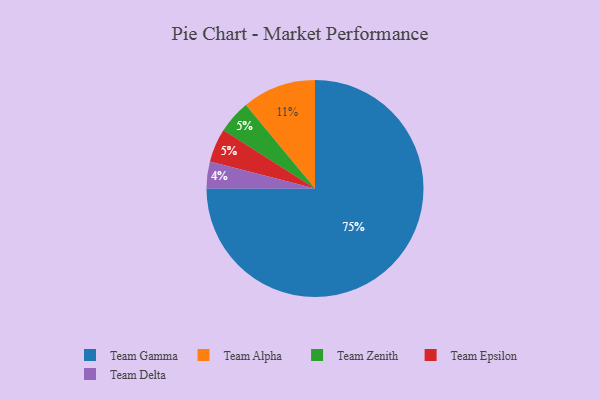
{"axis": {"x": "Category", "y": "Percentage"}, "legend": ["Team Alpha", "Team Delta", "Team Epsilon", "Team Gamma", "Team Zenith"], "data": [{"x": "Team Zenith", "y": 5, "type": "Team Zenith"}, {"x": "Team Gamma", "y": 75, "type": "Team Gamma"}, {"x": "Team Alpha", "y": 11, "type": "Team Alpha"}, {"x": "Team Epsilon", "y": 5, "type": "Team Epsilon"}, {"x": "Team Delta", "y": 4, "type": "Team Delta"}]}